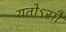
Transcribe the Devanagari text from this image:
यतोऽसौ